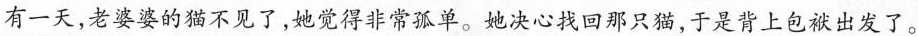
有一天，老婆婆的猫不见了，她觉得非常孤单。她决心找回那只猫，于是背上包袱出发了。